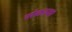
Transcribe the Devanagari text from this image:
संकाय।